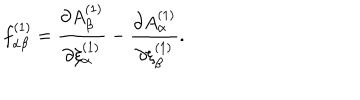
f _ { \alpha \beta } ^ { ( 1 ) } = { \frac { \partial A _ { \beta } ^ { ( 1 ) } } { \partial \xi _ { \alpha } ^ { ( 1 ) } } } - { \frac { \partial A _ { \alpha } ^ { ( 1 ) } } { \partial \xi _ { \beta } ^ { ( 1 ) } } } .